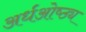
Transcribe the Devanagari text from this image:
अर्धओष्ठ्य